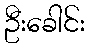
ဦးခေါင်း